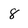
Character: 8